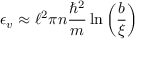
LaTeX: \epsilon _ { v } \approx \ell ^ { 2 } \pi n { \frac { \hbar ^ { 2 } } { m } } \ln \left( { \frac { b } { \xi } } \right)